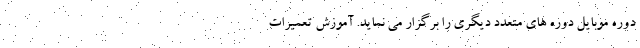
دوره موبایل دوره های متعدد دیگری را برگزار می نماید. آموزش تعمیرات